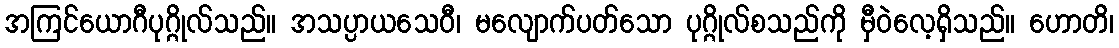
အကြင်ယောဂီပုဂ္ဂိုလ်သည်။ အသပ္ပာယသေဝီ၊ မလျောက်ပတ်သော ပုဂ္ဂိုလ်စသည်ကို မှီဝဲလေ့ရှိသည်။ ဟောတိ၊